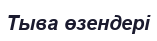
Тыва өзендері